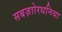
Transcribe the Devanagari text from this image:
सबज़ाोरधनिया